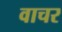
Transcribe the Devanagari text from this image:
वाचर